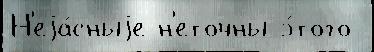
Н'еjа́сныjе н'еточны э́того